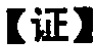
【证】